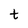
Character: t